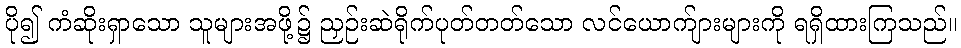
ပို၍ ကံဆိုးရှာသော သူများအဖို့၌ ညှဉ်းဆဲရိုက်ပုတ်တတ်သော လင်ယောက်ျားများကို ရရှိထားကြသည်။